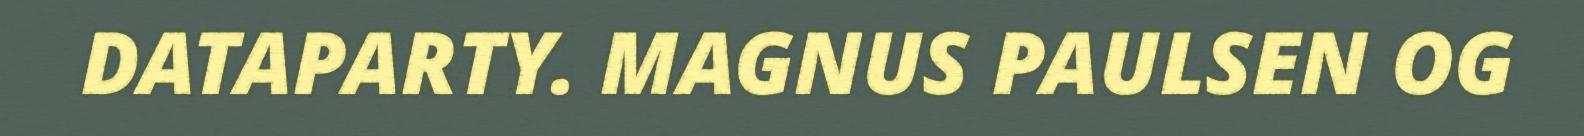
DATAPARTY. MAGNUS PAULSEN OG